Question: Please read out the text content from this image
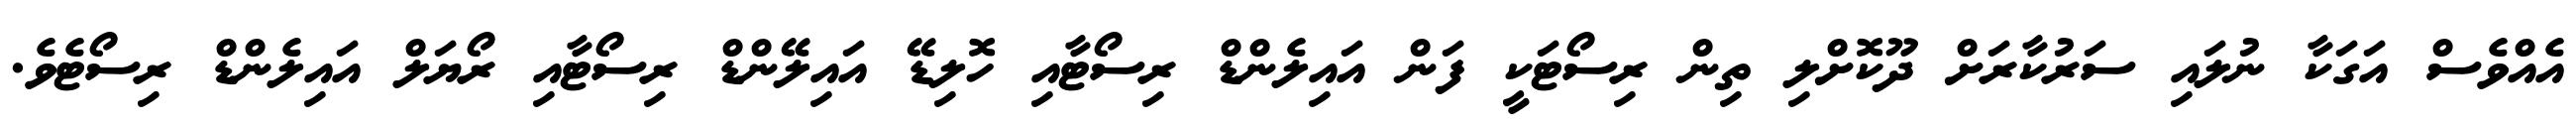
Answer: އެއްވެސް އަގަކާ ނުލައި ސަރުކާރަށް ދޫކޮށްލި ތިން ރިސޯޓަކީ ފަން އައިލެންޑް ރިސޯޓާއި ހޮލިޑޭ އައިލޭންޑް ރިސޯޓާއި ރޯޔަލް އައިލެންޑް ރިސޯޓެވެ.